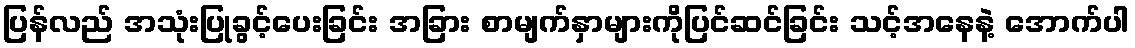
ပြန်လည် အသုံးပြုခွင့်ပေးခြင်း အခြား စာမျက်နှာများကိုပြင်ဆင်ခြင်း သင့်အနေနဲ့ အောက်ပါ